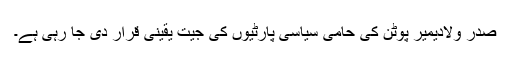
صدر ولادیمیر پوٹن کی حامی سیاسی پارٹیوں کی جیت یقینی قرار دی جا رہی ہے۔